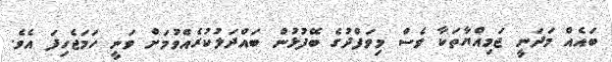
ބައެއް މަދަނީ ޖަމިއްޔާތަކާ ވެސް މިވަފްދުގެ ބޭފުޅުން ބައްދަލުކުރެއްވުމަށް ވަނީ ހަމަޖެހިފަ އެވެ.